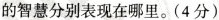
的智慧分别表现在哪里。(4分）